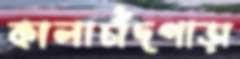
কালাচাঁদপাড়া